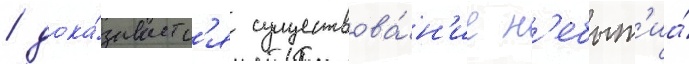
/ дока́зываетс'я существова́н'ие н'ебыт'иа́